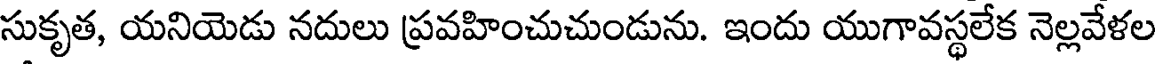
సుకృత, యనియెడు నదులు ప్రవహించుచుండును. ఇందు యుగావస్థలేక నెల్లవేళల